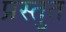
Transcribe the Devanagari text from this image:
प्रस्‍तुत